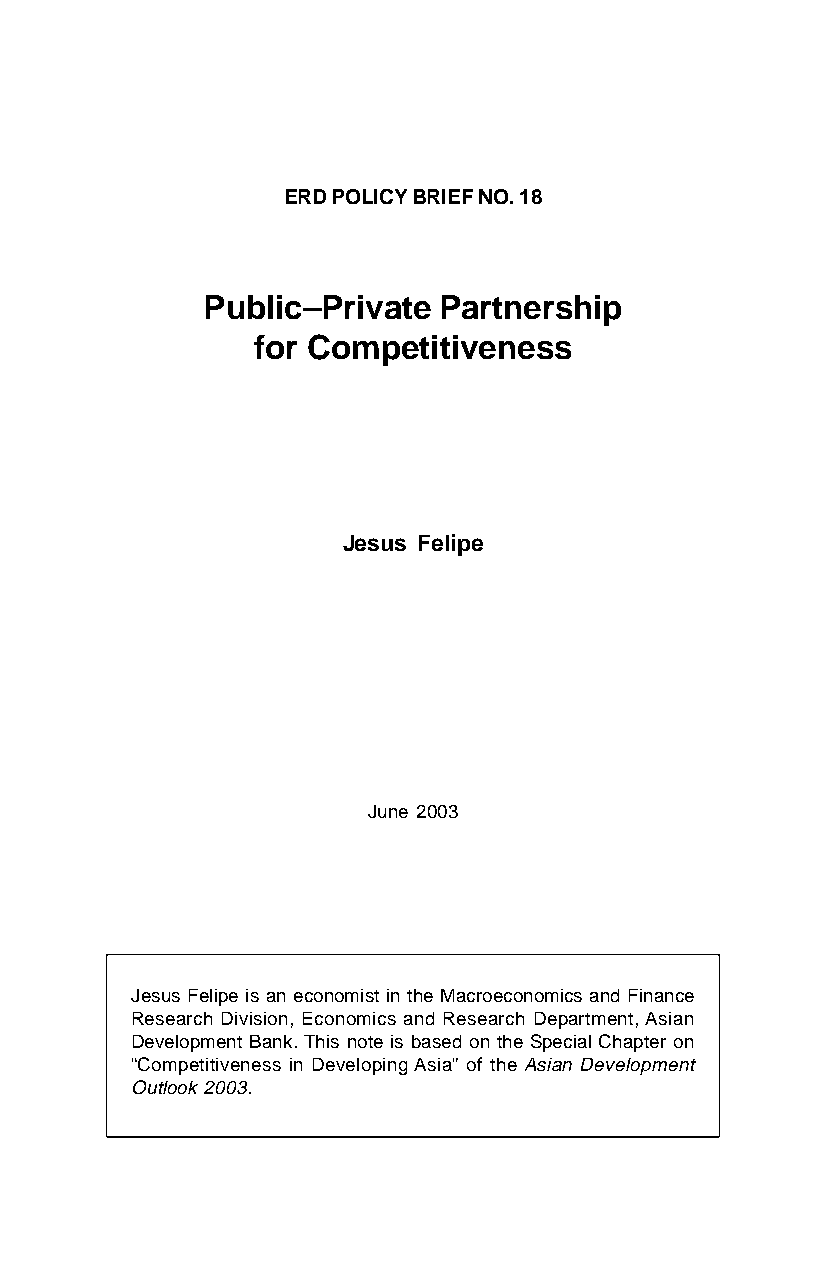
ERD POLICY BRIEF NO. 18
 Public–Private  Partnership
 for Competitiveness
 Jesus Felipe
 June 2003
 Jesus Felipe is an economist in the Macroeconomics and Finance
 Research Division, Economics and Research Department, Asian
 Development Bank. This note is based on the Special Chapter on
 “Competitiveness in Developing Asia” of the Asian Development
 Outlook 2003.